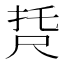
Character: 𡱩